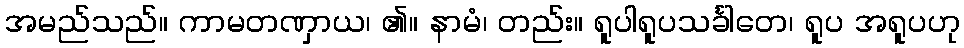
အမည်သည်။ ကာမတဏှာယ၊ ၏။ နာမံ၊ တည်း။ ရူပါရူပသင်္ခါတေ၊ ရူပ အရူပဟု